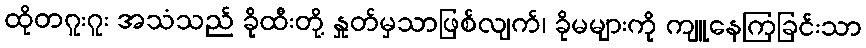
ထိုတဂူးဂူး အသံသည် ခိုထီးတို့ နှုတ်မှသာဖြစ်လျက်၊ ခိုမများကို ကျူနေကြခြင်းသာ